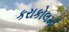
કરાકોલમાઁ